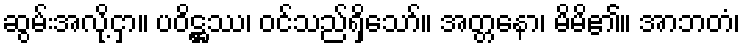
ဆွမ်းအလို့ငှာ။ ပဝိဋ္ဌဿ၊ ဝင်သည်ရှိသော်။ အတ္တနော၊ မိမိ၏။ အာဘတံ၊